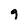
Character: g